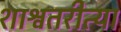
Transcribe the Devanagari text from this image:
शाश्वतरीत्या